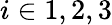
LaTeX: i\in{1,2,3}